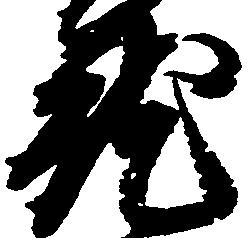
就